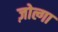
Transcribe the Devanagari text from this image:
ज़ोल्गा